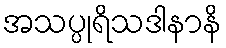
အသပ္ပုရိသဒါနာနိ